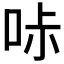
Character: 𠱙